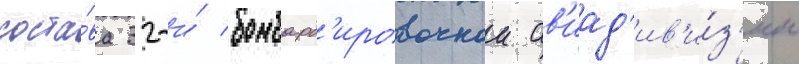
соста́ва 32-и́ бомбард'ировочнои ав'иад'ив'и́з'ии